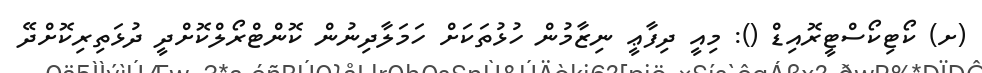
(ށ) ކޯޓިކޯސްޓީރޮއިޑް (): މިއީ ދިފާޢީ ނިޒާމުން ހުޅުތަކަށް ހަމަލާދިނުން ކޮންޓްރޯލްކޮށްދީ ދުޅަތިރިކޮށްދޭ